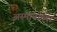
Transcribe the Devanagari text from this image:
अस्मानाच्या